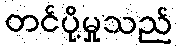
တင်ပို့မှုသည်